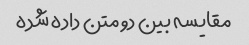
مقایسه بین دو متن داده شده